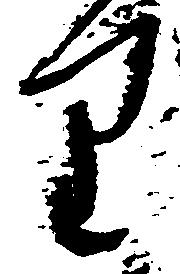
り